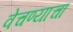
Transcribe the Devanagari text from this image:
वेचण्याचा